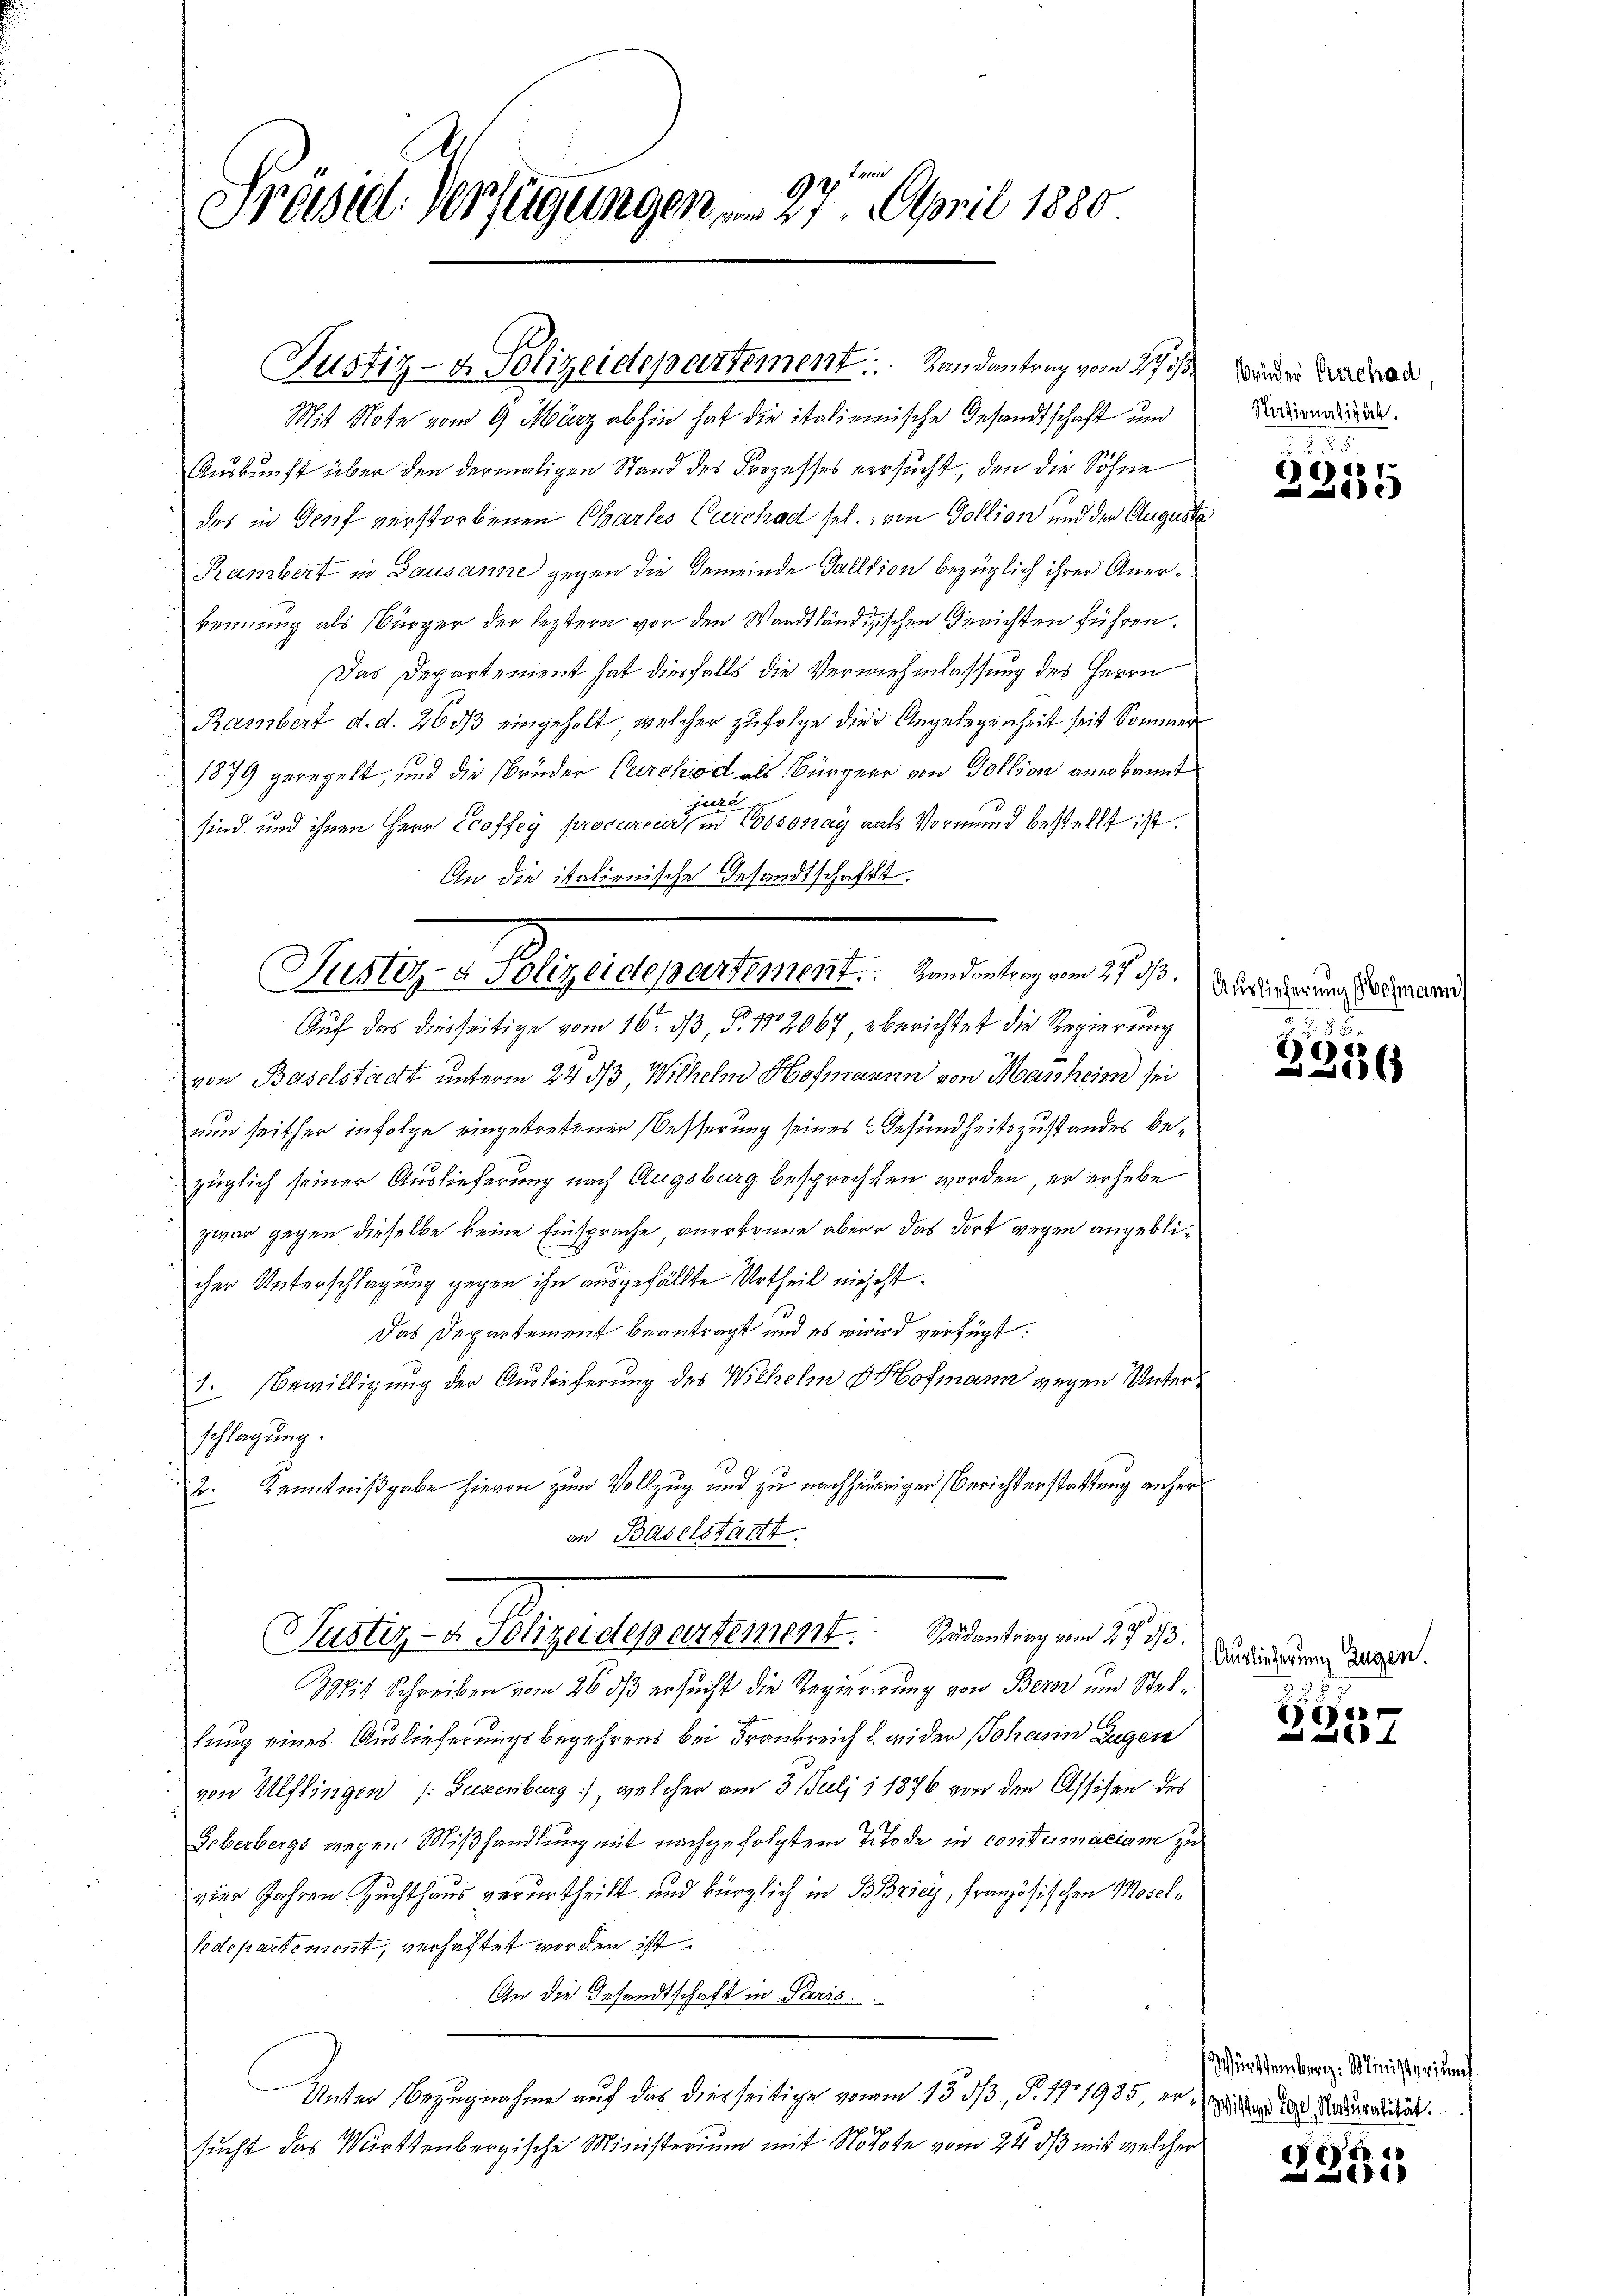
Präsid. Verfügungen 27. April 1880

Mis Note vom 9. März abhin hat die italienische Gesandtschaft und
Auskunft über den dermaligen Stand des Prozesses versucht, den die Söhne
des in Genf verstorbenen Chartes Curchad sel., von Gollion und den Auguste
Rambert in Lausanne gegen die Gemeinde Fallsion bezüglich ihrer Anerkennung als Bürger der leztern vor den Waadtländizischen Gerichten führen.
Das Departement hat diesfalls die Vermehmlassung des Herrn
Rambert d. d. 260/3 eingeholt, welcher zufolge die Angelegenheit seit Sommer
1879 geregelt, und die Brüder Carchod als Bürgerr von Gollion anerkannt
jure
sind und ihnen Herr Ecoffey procureur, in Cossonay aals Vormund bestellt ist.
An die italienische Gesandtschaftet.

Justiz- & Polizeidepartement. . . Randantrag vom 27. 13.

Puder Agramerinnert werden 19.

Auch das derseitige vom 16. dβ, P. 12067 berichtet die Regierung
von Baselstadt unterm 24 d Wilhelm Hofmannn von Maschein sei
un seither infolge eingetretener Besserung seines Gesundheitszustandes bezüglich seiner Auslieferung nach Augsburg besprochten worden, er erhebe
zwar gegen dieselbe keine Einsprache anerkenne aber das dort wegen angeblicher Unterschlagung gegen ihn ausgefällte Urtheil niehest.
Das Departement beantragt und es wird verfügt:
1. Bewilligung der Auslieferung des Wilhelm Hofmann gegen Unterschlagung.
2. Kenntnißgabe hievon zum Vollzug und zu nachheuriger Berichterstattung anheran Baselstatt
Pustiz- & Polizeidepartement. Rudentrag vom 27. 33.
Mit Schreiben vom 26 dß ersucht die Regierirung von Bern und Stellung eines Auslieferungsbegehrens bei Frankreich u. wider Johann Zugen
von Ulflingen /: Luxenburg) welcher am 3. Juli 1876 von den Assisen des
Leberbergs wegen Mißhandlung mit nachgefolgtem Titode in contumaciam zu
vier Jahren Zuchthaus verurtheilt und kürzlich in BBricy, französischen Mosel¬
Vedepartement, verhaftet worden ist.
An die Gesandtschaft in Paris.
Unter Bezugnahme auf das diesseitige vom 13. dβ, P. 171985, ersucht das Württenbergische Ministerium mit Notote vom 24. dβ mit welcher

brüder Erschad
Nisionalität.

2238
)

Auslieferung Hofmann

g
xx

Auslieferung zugen.

Bie

Württemberg: Ministerium
Wistige Egg Naturalität.

Dec
1